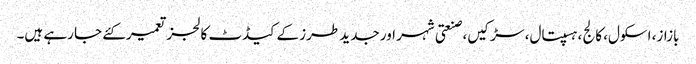
بازاز، اسکول، کالج ،ہسپتال، سڑکیں، صنعتی شہر اور جدید طرز کے کیڈٹ کالجز تعمیرکئے جا رہے ہیں۔